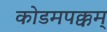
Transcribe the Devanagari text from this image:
कोडमपक्कम्